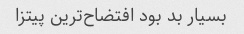
بسیار بد بود افتضاح‌ترین پیتزا